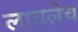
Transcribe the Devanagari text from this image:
लावलेच